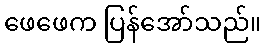
ဖေဖေက ပြန်အော်သည်။